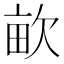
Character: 𣢿